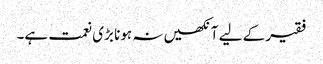
فقیر کے لیے آنکھیں نہ ہونا بڑی نعمت ہے۔